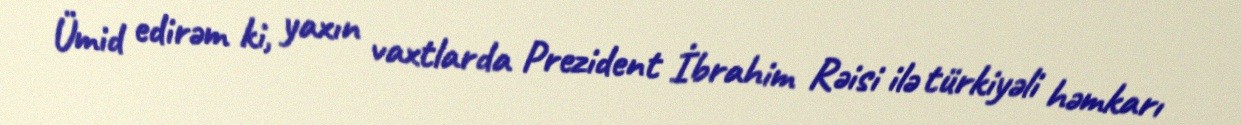
Ümid edirəm ki, yaxın vaxtlarda Prezident İbrahim Rəisi ilə türkiyəli həmkarı